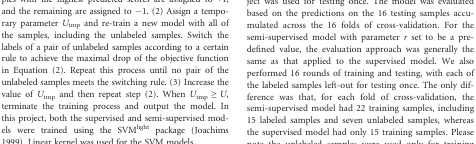
| Feature type | Contrast | No. of features | Sensitivity (%) | Specificity (%) | Accuracy (%) | AUC | Pcorr | Scorr |
 | --- | --- | --- | --- | --- | --- | --- | --- | --- |
 | <ROWSPAN=3> VOX | Speech vs. Silence | 26767 | 33.3 | 42.9 | 37.5 | 0.51 | 0.29 | 0.11 |
 | Noise vs. Silence | 26767 | 44.4 | 42.9 | 43.8 | 0.54 | 0.04 | 0.04 |
 | Speech vs. Noise | 26767 | 66.7 | 57.1 | 62.5 | 0.59 | 0.07 | 0.02 |
 | <ROWSPAN=4> BoW44 | Speech vs. Silence | 1156 | 33.3 | 71.4 | 50.0 | 0.56 | 0.35 | 0.23 |
 | Noise vs. Silence | 1216 | 55.6 | 71.4 | 62.5 | 0.63 | 0.21 | 0.13 |
 | Speech vs. Noise | 803 | 66.7 | 71.4 | 68.8 | 0.67 | 0.17 | 0.09 |
 | Combine | 3175 | 77.8 | 71.4 | 75.0 | 0.65 | 0.15 | 0.14 |
 | <ROWSPAN=4> BoW21 | Speech vs. Silence | 658 | 44.4 | 85.7 | 62.5 | 0.73 | 0.38 | 0.44 |
 | Noise vs. Silence | 806 | 55.6 | 57.1 | 56.3 | 0.60 | 0.21 | 0.14 |
 | Speech vs. Noise | 434 | 66.7 | 71.4 | 68.8 | 0.68 | 0.19 | 0.15 |
 | Combine | 1898 | 66.7 | 57.1 | 62.5 | 0.59 | 0.16 | 0.01 |